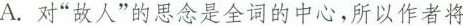
A.对”故人”的思念是全词的中心，所以作者将